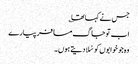
جس نے کہا تھا ؎
اب تو جاگ مسافر پیارے
وہ جو خوابوں کو سُلادیتے ہوں۔